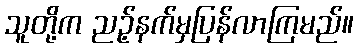
သူတို့က ညဉ့်နက်မှပြန်လာကြမည်။